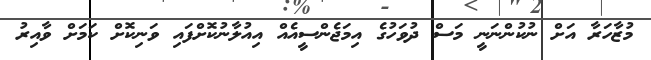
މުޒާހަރާ އަށް ނުކުންނަނީ މަސް ދުވަހުގެ އިމަޖެންސީއެއް އިއުލާނުކޮށްފައި ވަނިކޮށް ކަމަށް ވާއިރު